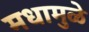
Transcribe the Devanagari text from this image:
मधामुळे